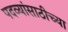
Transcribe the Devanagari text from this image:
पदव्यांसाठीच्या